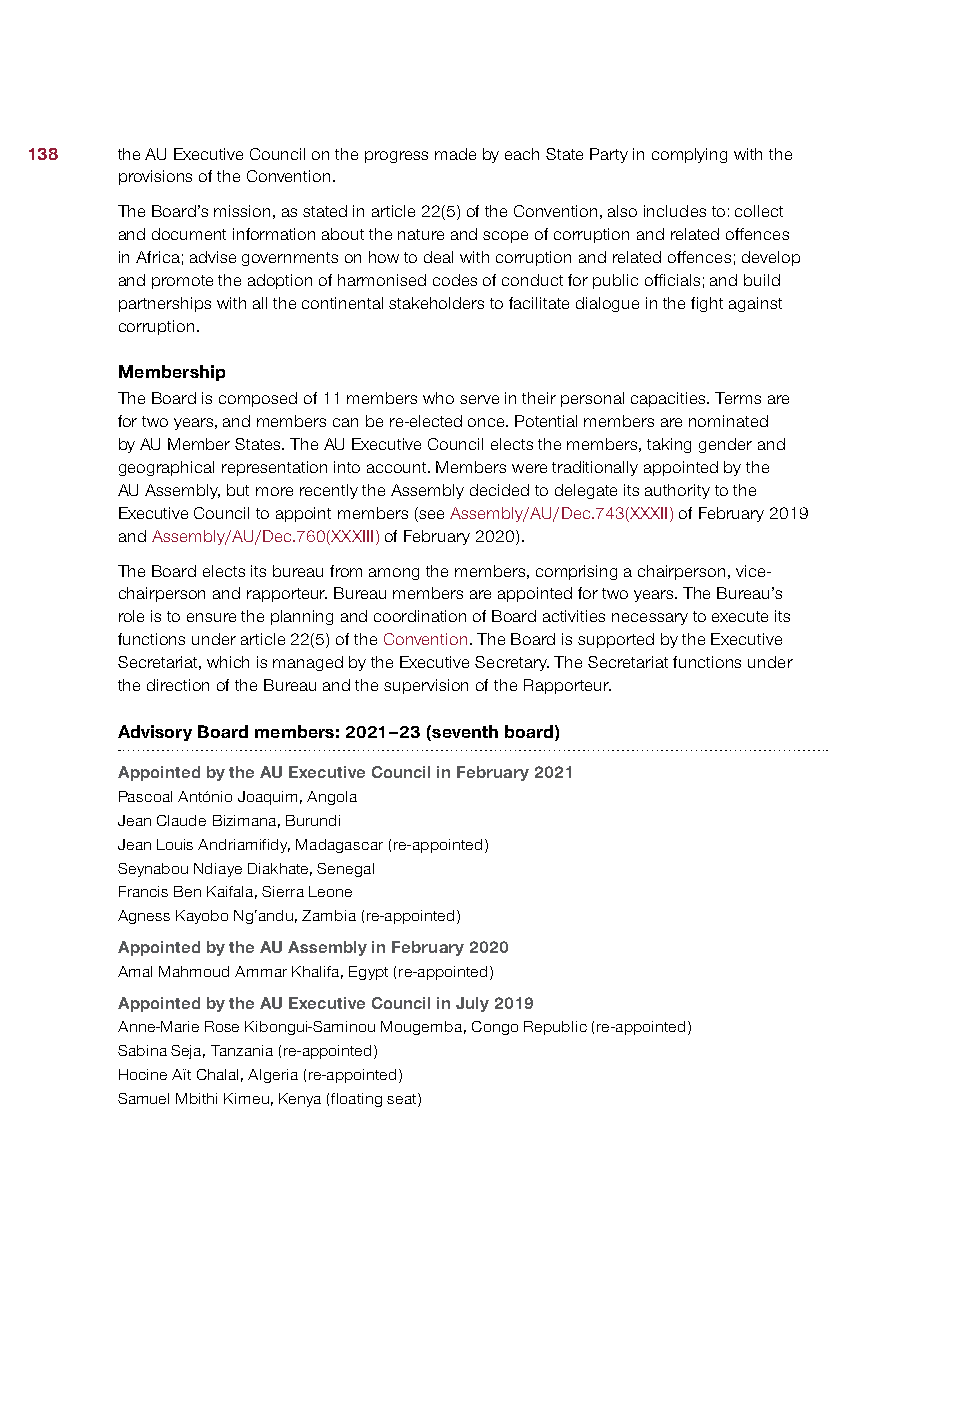
138   the AU Executive Council on the progress made by each State Party in complying with the
 provisions of the Convention.
 The Board’s mission, as stated in article 22(5) of the Convention, also includes to: collect
 and document information about the nature and scope of corruption and related offences
 in Africa; advise governments on how to deal with corruption and related offences; develop
 and promote the adoption of harmonised codes of conduct for public officials; and build
 partnerships with all the continental stakeholders to facilitate dialogue in the fight against
 corruption.
 Membership
 The Board is composed of 11 members who serve in their personal capacities. Terms are
 for two years, and members can be re-elected once. Potential members are nominated
 by AU Member States. The AU Executive Council elects the members, taking gender and
 geographical representation into account. Members were traditionally appointed by the
 AU Assembly, but more recently the Assembly decided to delegate its authority to the
 Executive Council to appoint members (see Assembly/AU/Dec.743(XXXII) of February 2019
 and Assembly/AU/Dec.760(XXXIII) of February 2020).
 The Board elects its bureau from among the members, comprising a chairperson, vice-
 chairperson and rapporteur. Bureau members are appointed for two years. The Bureau’s
 role is to ensure the planning and coordination of Board activities necessary to execute its
 functions under article 22(5) of the Convention. The Board is supported by the Executive
 Secretariat, which is managed by the Executive Secretary. The Secretariat functions under
 the direction of the Bureau and the supervision of the Rapporteur.
 Advisory Board members: 2021–23 (seventh board)
 Appointed by the AU Executive Council in February 2021
 Pascoal António Joaquim, Angola
 Jean Claude Bizimana, Burundi
 Jean Louis Andriamifidy, Madagascar (re-appointed)
 Seynabou Ndiaye Diakhate, Senegal
 Francis Ben Kaifala, Sierra Leone
 Agness Kayobo Ng’andu, Zambia (re-appointed)
 Appointed by the AU Assembly in February 2020
 Amal Mahmoud Ammar Khalifa, Egypt (re-appointed)
 Appointed by the AU Executive Council in July 2019
 Anne-Marie Rose Kibongui-Saminou Mougemba, Congo Republic (re-appointed)
 Sabina Seja, Tanzania (re-appointed)
 Hocine Aït Chalal, Algeria (re-appointed)
 Samuel Mbithi Kimeu, Kenya (floating seat)